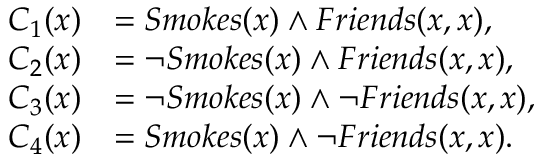
\begin{array} { r l } { C _ { 1 } ( x ) } & { = S m o k e s ( x ) \wedge F r i e n d s ( x , x ) , } \\ { C _ { 2 } ( x ) } & { = \neg S m o k e s ( x ) \wedge F r i e n d s ( x , x ) , } \\ { C _ { 3 } ( x ) } & { = \neg S m o k e s ( x ) \wedge \neg F r i e n d s ( x , x ) , } \\ { C _ { 4 } ( x ) } & { = S m o k e s ( x ) \wedge \neg F r i e n d s ( x , x ) . } \end{array}